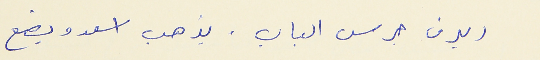
(يرن جرس الباب. يذهب اسعد ويضع